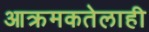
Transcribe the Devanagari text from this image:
आक्रमकतेलाही